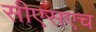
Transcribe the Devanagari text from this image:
सीएसएच